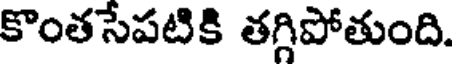
కొంతసేపటికి తగ్గిపోతుంది.